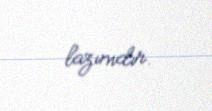
lazımdır.